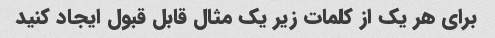
برای هر یک از کلمات زیر یک مثال قابل قبول ایجاد کنید